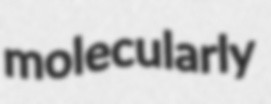
molecularly